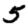
Digit: 5